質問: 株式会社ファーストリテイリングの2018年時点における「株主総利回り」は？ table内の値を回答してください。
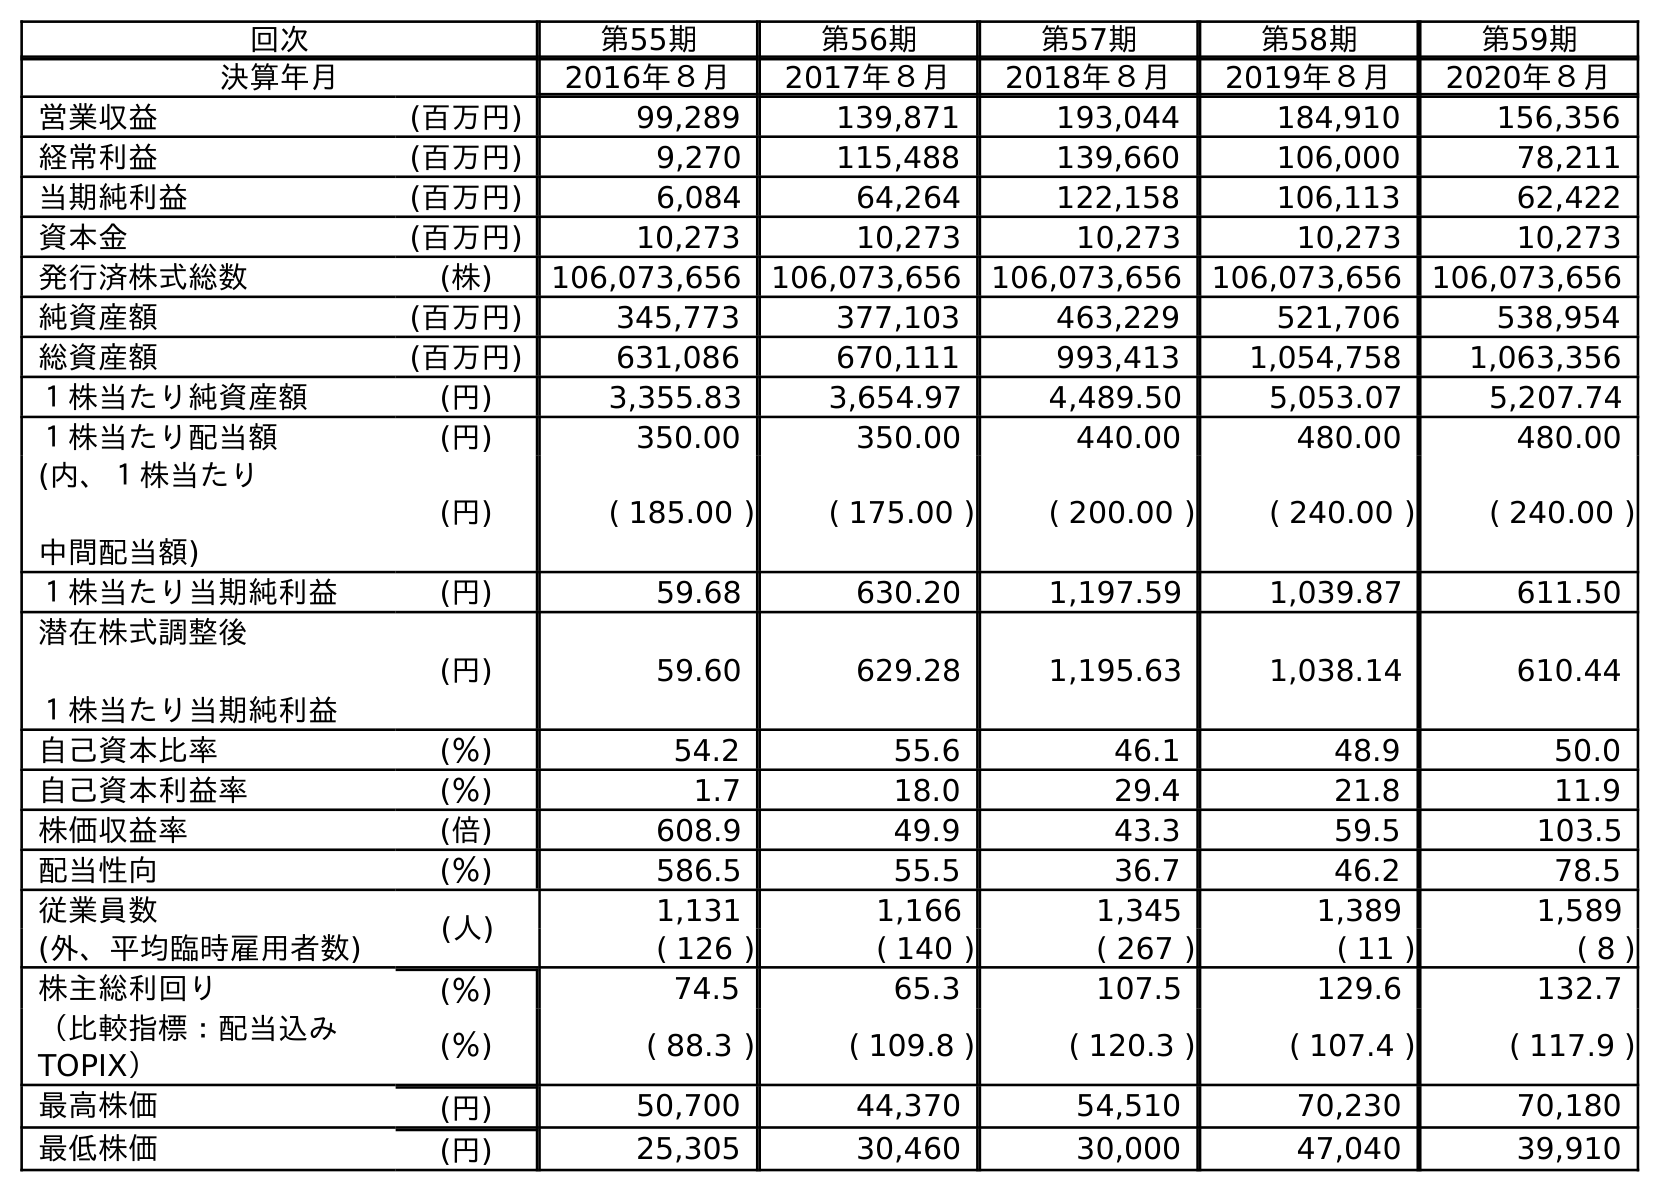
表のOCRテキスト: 回次 第55期 第56期 第57期 第58期 第59期 決算年月 2016年８月 2017年８月 2018年８月 2019年８月 2020年８月 営業収益 (百万円) 99,289 139,871 193,044 184,910 156,356 経常利益 (百万円) 9,270 115,488 139,660 106,000 78,211 当期純利益 (百万円) 6,084 64,264 122,158 106,113 62,422 資本金 (百万円) 10,273 10,273 10,273 10,273 10,273 発行済株式総数 (株) 106,073,656 106,073,656 106,073,656 106,073,656 106,073,656 純資産額 (百万円) 345,773 377,103 463,229 521,706 538,954 総資産額 (百万円) 631,086 670,111 993,413 1,054,758 1,063,356 １株当たり純資産額 (円) 3,355.83 3,654.97 4,489.50 5,053.07 5,207.74 １株当たり配当額 (円) 350.00 350.00 440.00 480.00 480.00 (内、１株当たり 中間配当額) (円) ( 185.00 ) ( 175.00 ) ( 200.00 ) ( 240.00 ) ( 240.00 ) １株当たり当期純利益 (円) 59.68 630.20 1,197.59 1,039.87 611.50 潜在株式調整後 １株当たり当期純利益 (円) 59.60 629.28 1,195.63 1,038.14 610.44 自己資本比率 (％) 54.2 55.6 46.1 48.9 50.0 自己資本利益率 (％) 1.7 18.0 29.4 21.8 11.9 株価収益率 (倍) 608.9 49.9 43.3 59.5 103.5 配当性向 (％) 586.5 55.5 36.7 46.2 78.5 従業員数 (人) 1,131 1,166 1,345 1,389 1,589 (外、平均臨時雇用者数) ( 126 ) ( 140 ) ( 267 ) ( 11 ) ( 8 ) 株主総利回り (％) 74.5 65.3 107.5 129.6 132.7 （比較指標：配当込み TOPIX） (％) ( 88.3 ) ( 109.8 ) ( 120.3 ) ( 107.4 ) ( 117.9 ) 最高株価 (円) 50,700 44,370 54,510 70,230 70,180 最低株価 (円) 25,305 30,460 30,000 47,040 39,910
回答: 107.5